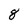
Character: 8